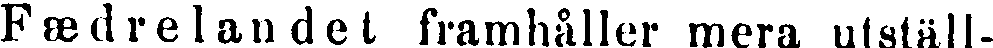
Fædrelandet framhåller mera utställ-